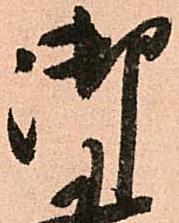
御